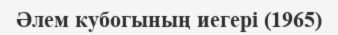
Әлем кубогының иегері (1965)